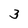
Character: 3